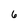
Character: 6